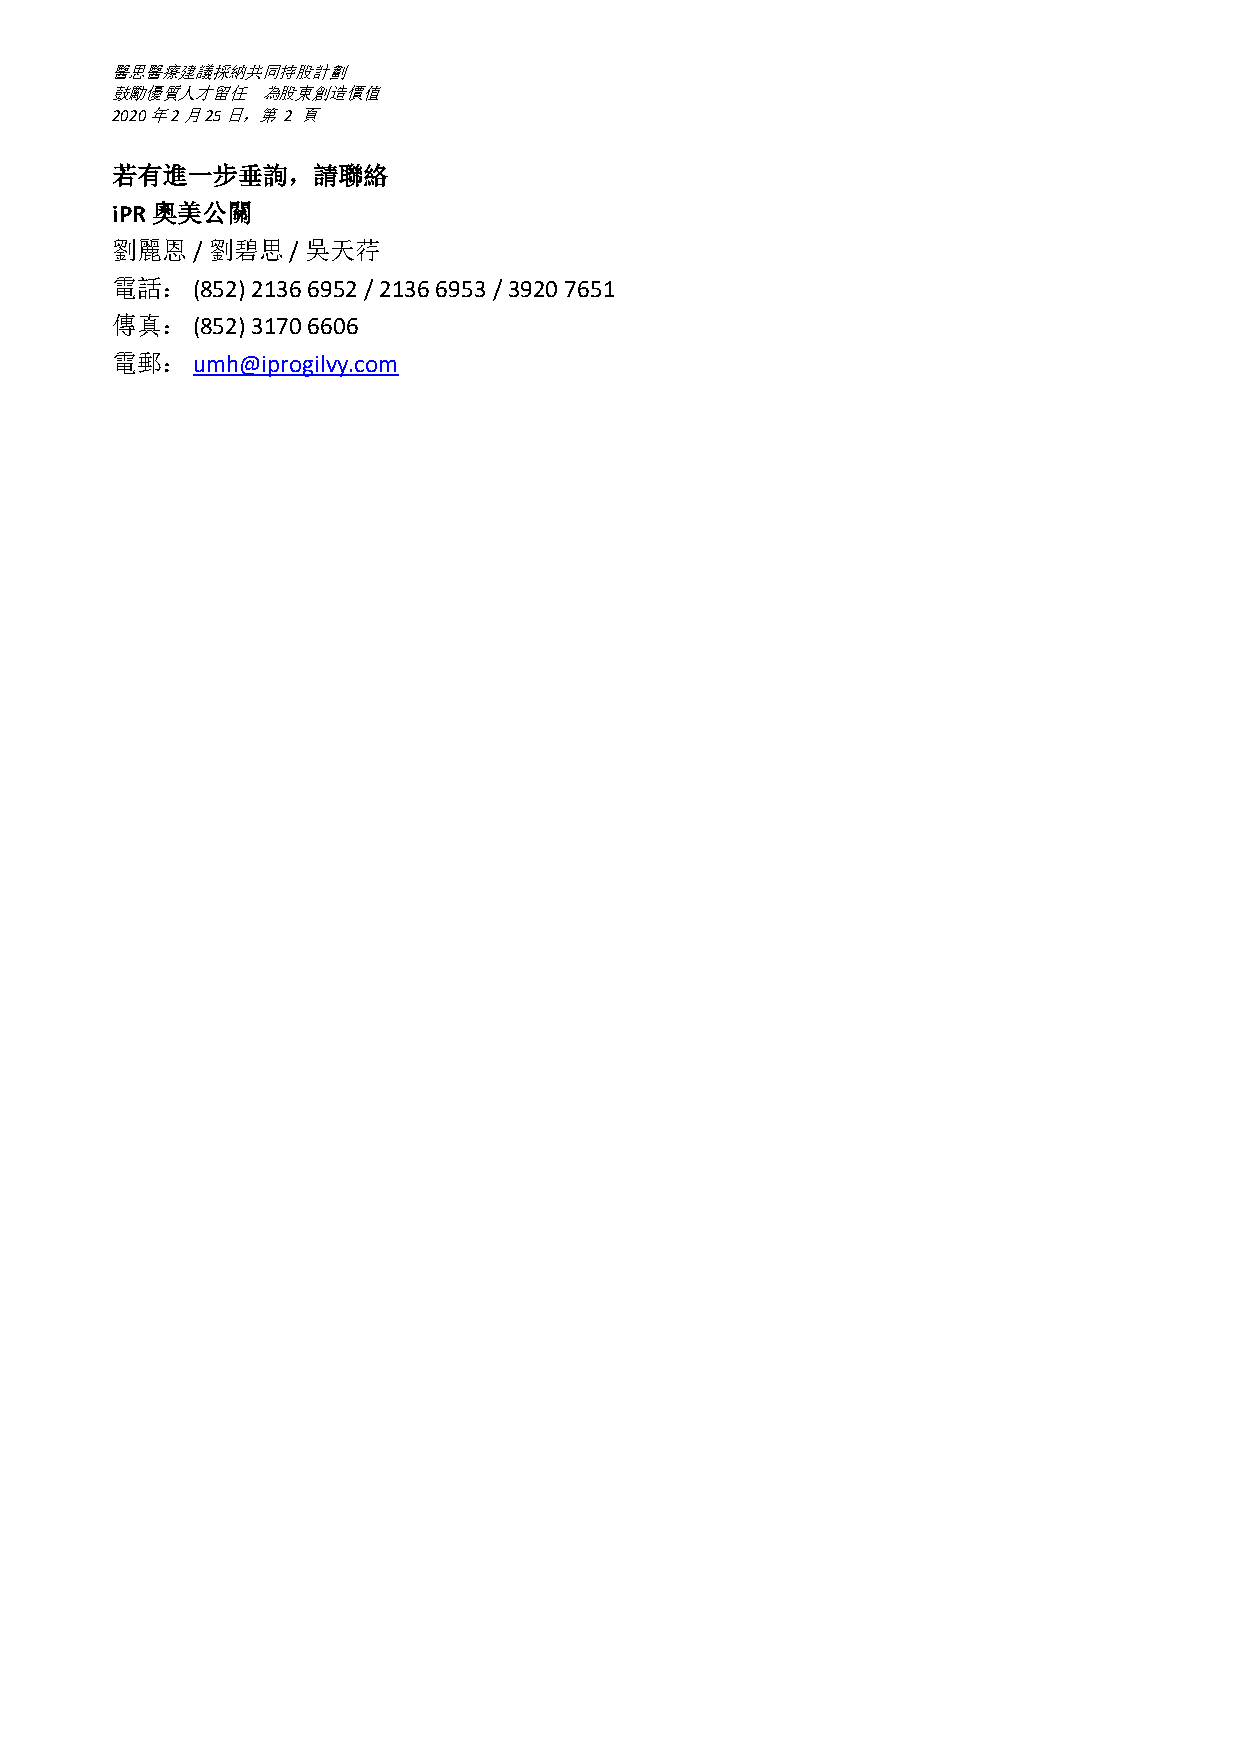
醫思醫療建議採納共同持股計劃
 鼓勵優質人才留任  為股東創造價值
 2020年2月25日，第 2 頁
 若有進一步垂詢，請聯絡
 iPR奧美公關
 劉麗恩   / 劉碧思 / 吳天荇
 電話：   (852) 2136 6952 / 2136 6953 / 3920 7651
 傳真：   (852) 3170 6606
 電郵：   umh@iprogilvy.com